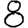
Digit: 8